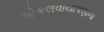
એકલવાયાપણાના